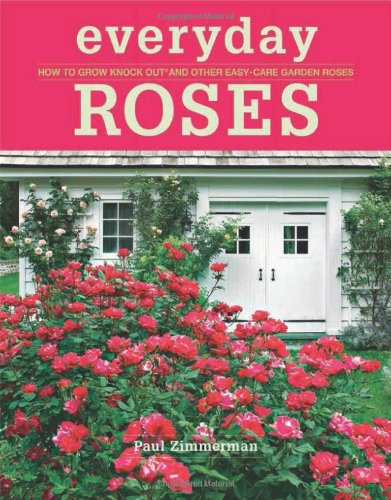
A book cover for Everyday Roses: How to Grow Knock OutÂ® and Other Easy-Care Garden Roses; Paul Zimmerman; Crafts, Hobbies & Home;